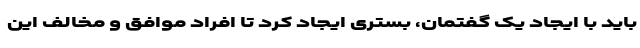
باید با ایجاد یک گفتمان، بستری ایجاد کرد تا افراد موافق و مخالف این